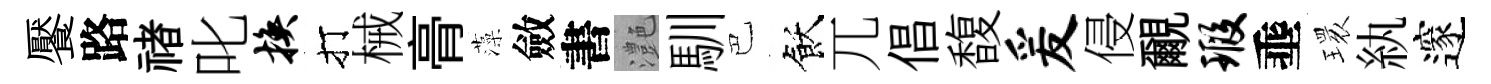
饜路禇叱换打械𮌔藻斂書灔馴巴飫兀倡馥爰侵覼瑕埀𤨔紈邃